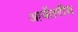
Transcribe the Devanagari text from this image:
आर्येतरीय